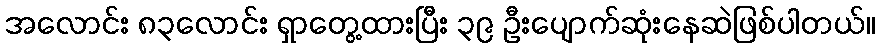
အလောင်း ၈၃လောင်း ရှာတွေ့ထားပြီး ၃၉ ဦးပျောက်ဆုံးနေဆဲဖြစ်ပါတယ်။